Civil Veterinary Dept. North-West Frontier Province 1923-32 - 1923-1932
Year: 1923
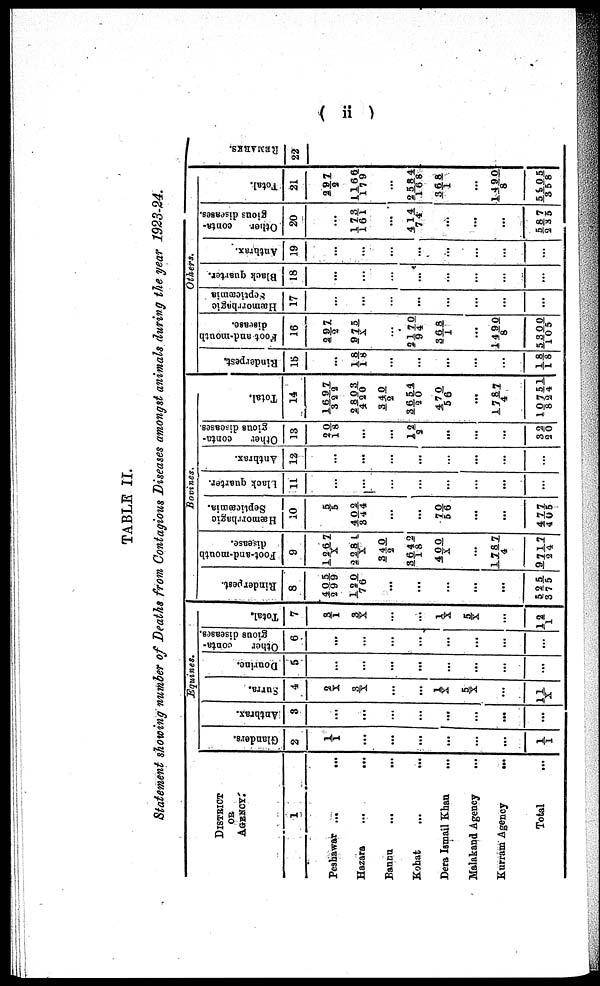
( ii )
TABLE II.
Statement showing number of Deaths from Contagious Diseases amongst animals during the year 1923-24.
DISTRICT
OR
AGENCY.
1
Peshawar ...
...
Hazara
...
...
Bannu
...
...
Kohat ... ...
Dera Ismail Khan
...
Malakand Agency
...
Kurram Agency
...
Total ...
Equines.
Glanders.
2
1/1
...
...
...
...
...
...
1/1
Anthrax.
3
...
...
...
...
...
...
...
...
Surra.
4
2/X
3/ X
...
...
1/X
5/X
...
11/X
Dourine.
5
...
...
...
...
...
...
...
...
Other
conta-
gions diseases.
6
...
...
...
...
...
...
...
...
Total.
7
3/1
3/X
...
...
1/ X
5/X
...
12/1
Bovines.
Rinderpest.
8
405/299
120/76
...
...
...
...
…
525/375
Foot-and-mouth
disease.
9
1267/X
2281/X
340/2
3642/18
400/X
...
1787/ 4
9717/24
Hæmorrhagic
Septicæmia.
10
5/5
402/344
...
...
70/56
...
...
477/405
Black quarter.
11
...
...
...
...
...
...
...
...
Anthrax.
12
...
...
...
...
...
...
...
...
Other
conta-
gious diseases.
13
20/18
...
...
12/2
...
...
...
32/20
Total.
14
1697/332
2803/420
340/2
3654/20
470/56
...
1787/4
10751/824
Others.
Rinderpest.
15
...
18/18
...
...
...
...
...
18/18
Foot-and-mouth
disease.
16
297/2
975/ X
...
2170/94
368/1
...
1490/8
5300/105
Hæmorrhagic
Septicæmia
17
...
...
...
...
...
...
...
...
Black quarter.
18
...
...
...
...
...
...
...
...
Anthrax.
19
...
...
...
...
...
...
...
...
Other
conta-
gious diseases.
20
...
173/161
...
414/74
...
...
...
587/235
Total.
21
297/2
1166/179
...
2584/168
368/1
...
1490/8
5905/358
REMARKS.
22